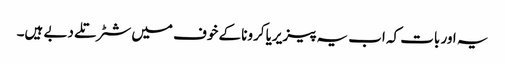
یہ اور بات کہ اب یہ پیزیریا کرونا کے خوف میں شٹر تلے دبے ہیں۔